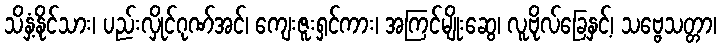
သိနှံ့နိုင်သား၊ ပည်းလှိုင်ဂုဏ်အင်၊ ကျေးဇူးရှင်ကား၊ အကြင်မျိုးဆွေ၊ လူဗိုလ်ခြေနှင့်၊ သဗ္ဗေသတ္တာ၊